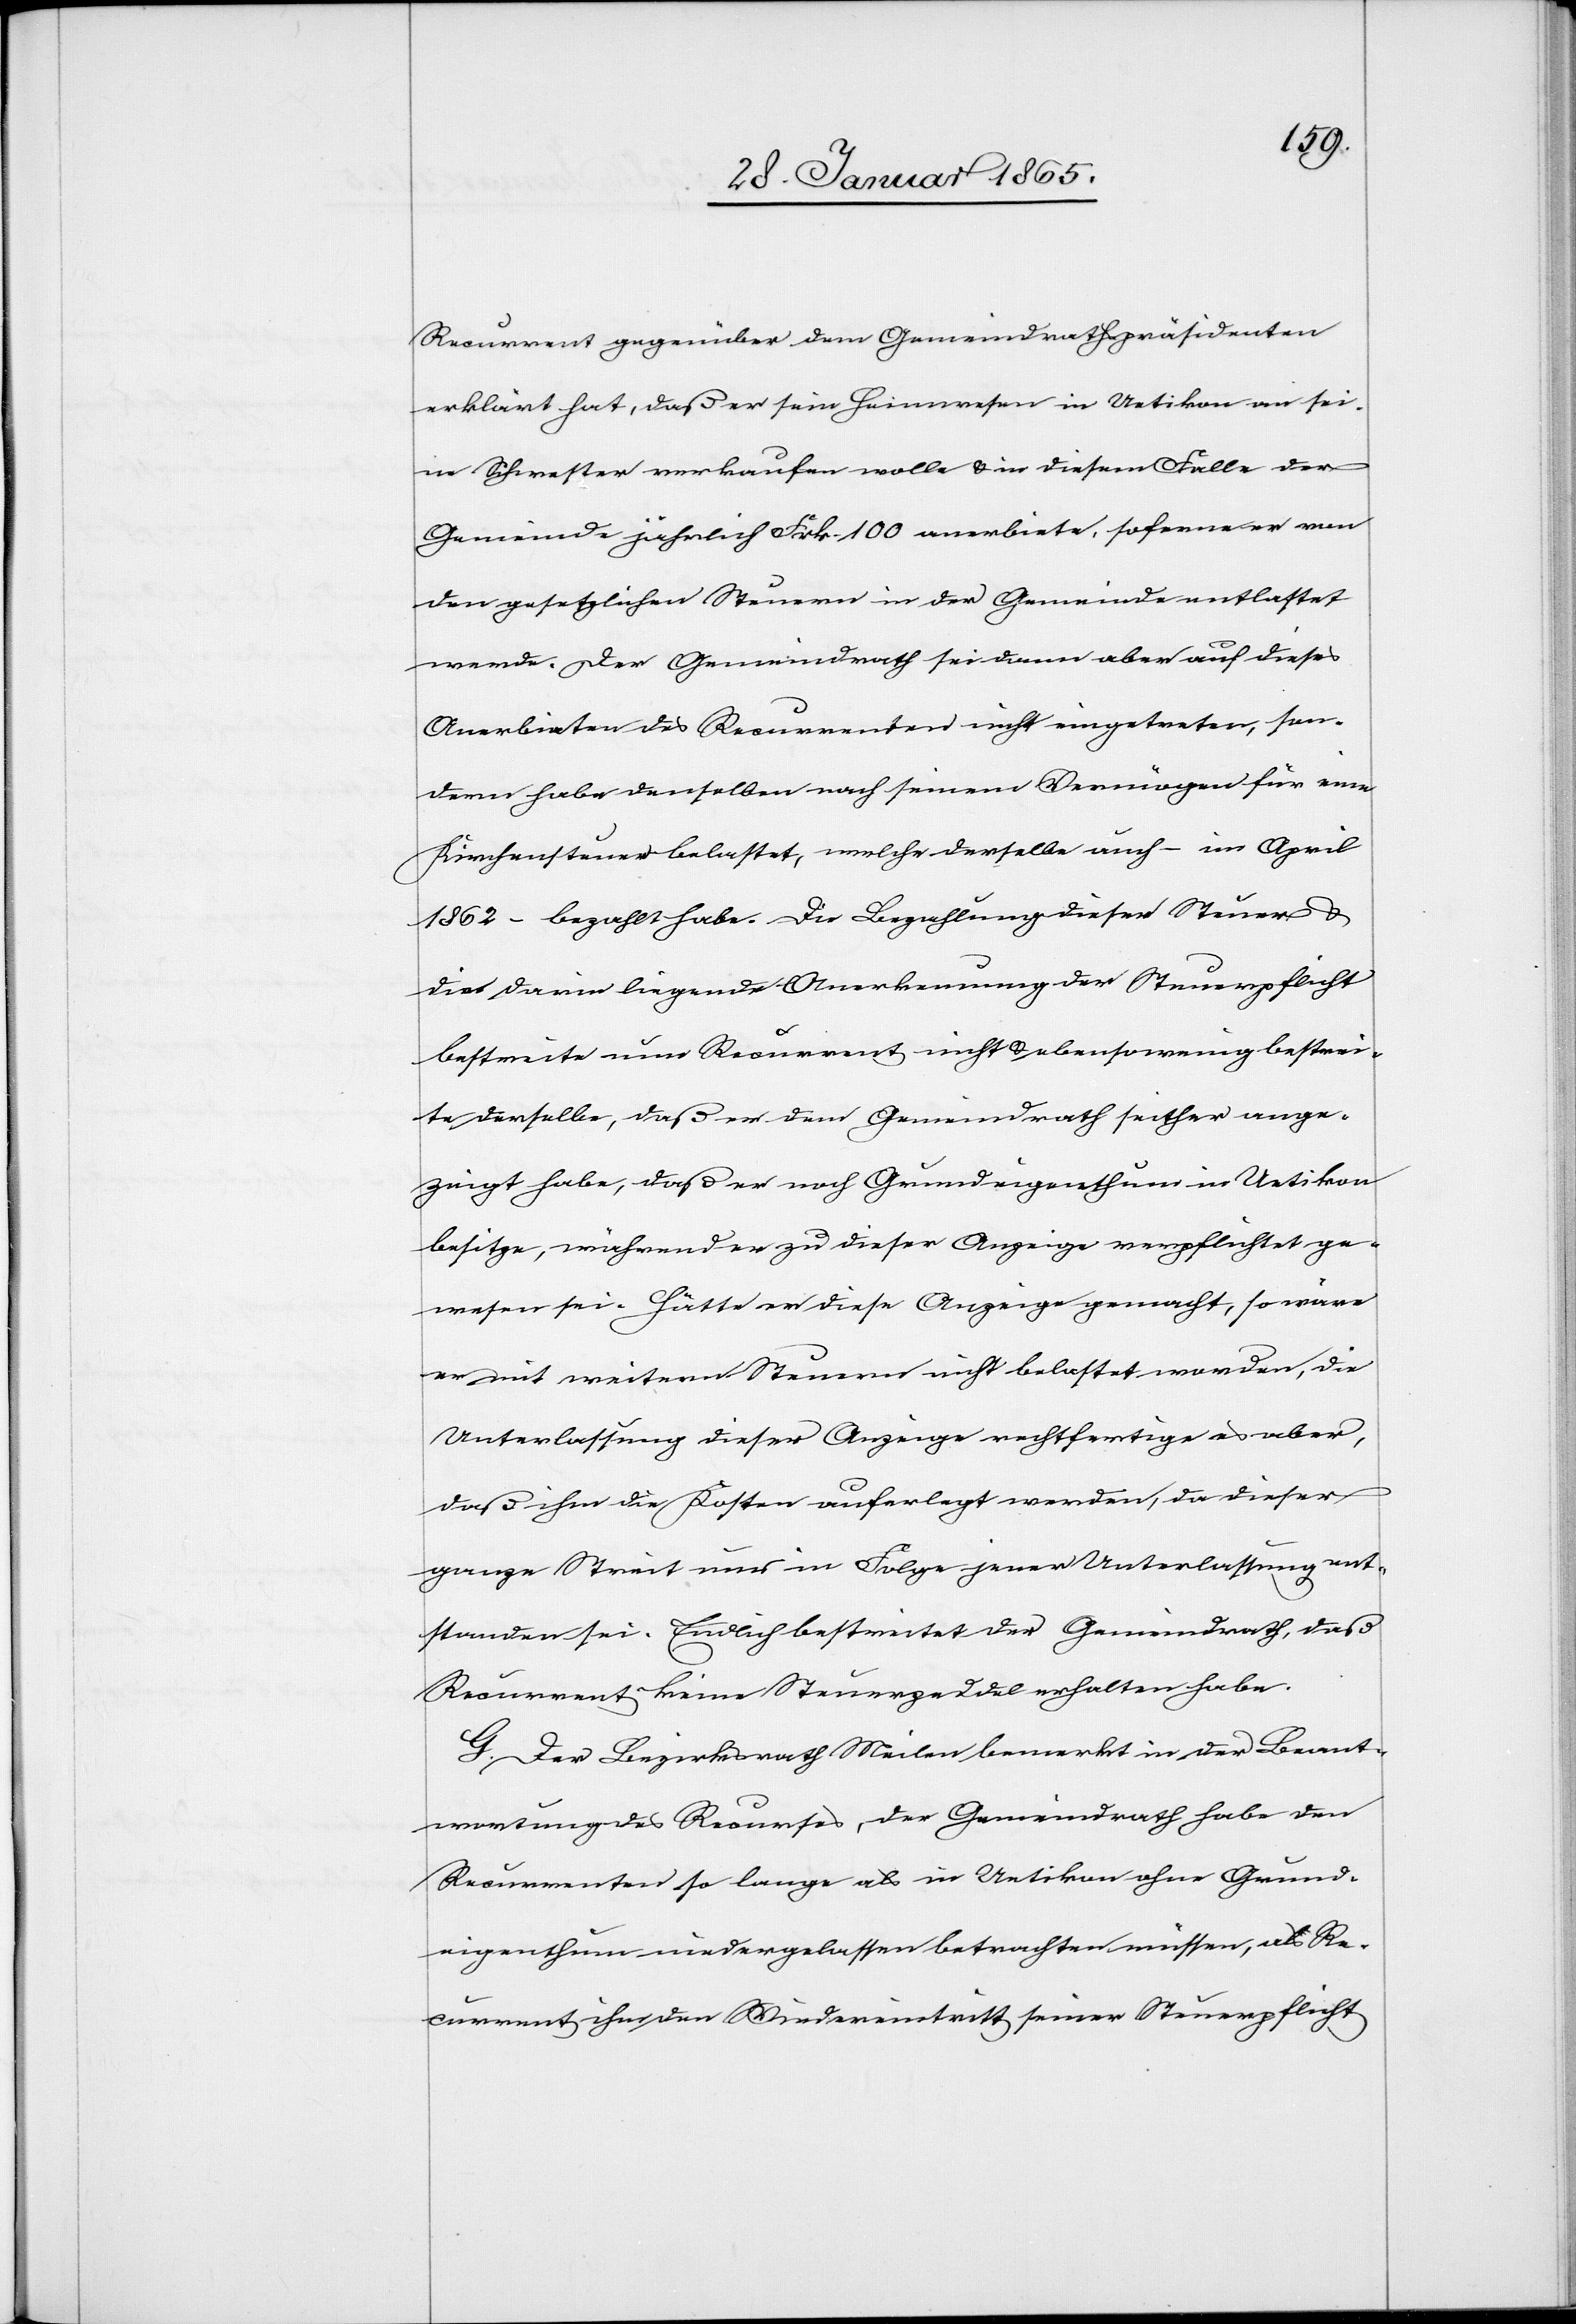
Recurrent gegenüber dem Gemeindrathspräsidenten
erklärt hat, daß er sein Heimwesen in Uetikon an sei¬
ne Schwester verkaufen wolle u. in diesem Falle der
Gemeinde jährlich Frk. 100 anerbiete, soferne er von
den gesetzlichen Steuern in der Gemeinde entlastet
werde. Der Gemeindrath sei dann aber auf dieses
Anerbieten des Recurrenten nicht eingetreten, son¬
dern habe denselben nach seinem Vermögen für eine
Kirchensteuer belastet, welche derselbe auch – im April
1862 – bezahlt habe. Die Bezahlung dieser Steuer u.
[?die] darin liegende Anerkennung der Steuerpflicht
bestreite nun Recurrent nicht u. ebensowenig bestrei¬
te derselbe, daß er dem Gemeindrath seither ange¬
zeigt habe, daß er noch Grundeigenthum in Uetikon
besitze, während er zu dieser Anzeige verpflichtet ge¬
wesen sei. Hätte er diese Anzeige gemacht, so wäre
er mit weitern Steuern nicht belastet worden, die
Unterlassung dieser Anzeige rechtfertige es aber,
daß ihm die Kosten auferlegt werden, da dieser
ganze Streit nun in Folge jener Unterlassung ent¬
standen sei. Endlich bestreitet der Gemeindrath, daß
Recurrent keine Steuerzeddel erhalten habe.
G. Der Bezirksrath Meilen bemerkt in der Beant¬
wortung des Recurses, der Gemeindrath habe den
Recurrenten so lange als in Uetikon ohne Grund¬
eigenthum niedergelassen betrachten müssen, als Re¬
current ihm den Wiedereintritt seiner Steuerpflicht